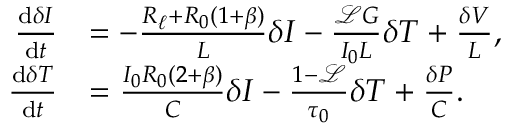
\begin{array} { r l } { \frac { \mathrm { d } \delta I } { \mathrm { d } t } } & { = - \frac { R _ { \ell } + R _ { 0 } ( 1 + \beta ) } { L } \delta I - \frac { \mathscr { L } G } { I _ { 0 } L } \delta T + \frac { \delta V } { L } , } \\ { \frac { \mathrm { d } \delta T } { \mathrm { d } t } } & { = \frac { I _ { 0 } R _ { 0 } ( 2 + \beta ) } { C } \delta I - \frac { 1 - \mathscr { L } } { \tau _ { 0 } } \delta T + \frac { \delta P } { C } . } \end{array}